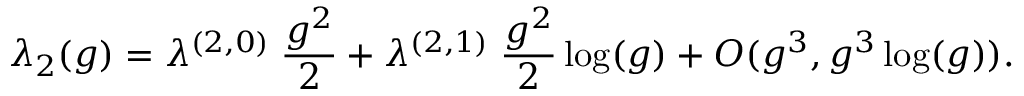
\lambda _ { 2 } ( g ) = \lambda ^ { ( 2 , 0 ) } \; \frac { g ^ { 2 } } { 2 } + \lambda ^ { ( 2 , 1 ) } \; \frac { g ^ { 2 } } { 2 } \log ( g ) + O ( g ^ { 3 } , g ^ { 3 } \log ( g ) ) .